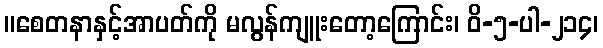
။စေတနာနှင့်အာပတ်ကို မလွန်ကျူးတော့ကြောင်း၊ ဝိ-၅-ပါ-၂၁၄၊